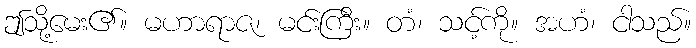
ဤသို့မေး၏။ မဟာရာဇ၊ မင်းကြီး။ တံ၊ သင့်ကို။ အဟံ၊ ငါသည်။